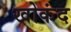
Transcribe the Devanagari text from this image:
खोकंद